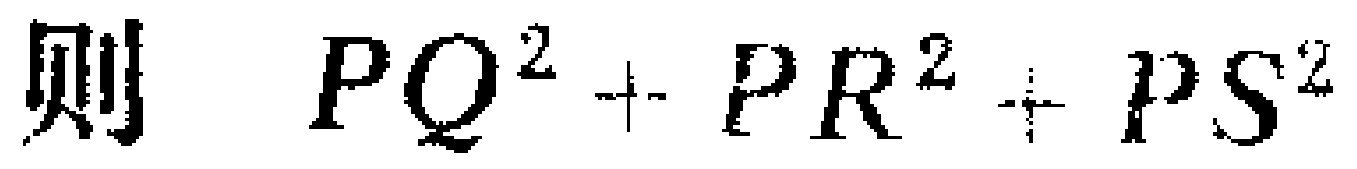
则 \(PQ^{2}+PR^{2}+PS^{2}\)